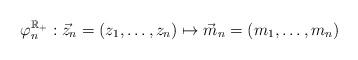
LaTeX: \begin{align*} \varphi_n ^{\mathbb{R}_+}: {\vec z_n} =(z_1,\dots ,z_n) \mapsto { \vec m_n} =(m_1,\dots ,m_n) \end{align*}